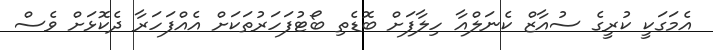
އެމަގަކީ ކުރީގެ ސުއާޒް ކެނަލްއާ ހިލާފަށް ބޮޑެތި ބޯޓުފަހަރުތަކަށް އެއްފަހަރާ ދެކޮޅަށް ވެސް